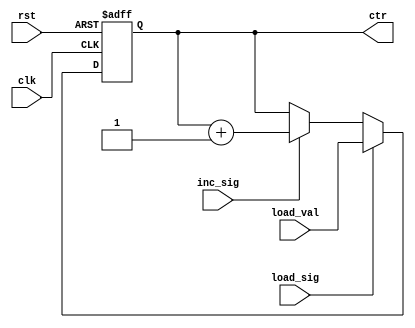
//? Counter that supports increments and direct assignment.
module Counter #(
    parameter WIDTH = 11
) (
    input                clk,
    input                rst,
    input                load_sig,  //? Load signal
    input                inc_sig,   //? Increment signal
    input      [WIDTH:0] load_val,  //? Load Value
    output reg [WIDTH:0] ctr
);
    always @(posedge clk or posedge rst) begin
        if (rst == 1) begin
            ctr <= 0;
        end else begin
            if (load_sig == 1) begin
                ctr <= load_val;
            end else if (inc_sig == 1) begin
                ctr <= ctr + 1;
            end
        end
    end
endmodule